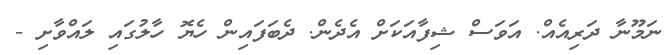
ނަމޫނާ ދަރިއެއް. އަވަސް ޝިފާއަކަށް އެދެން. ދެބަފައިން ހެޔޮ ހާލުގައި ލައްވާށި -